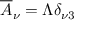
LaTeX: \overline { { { A } } } _ { \nu } = \Lambda \delta _ { \nu 3 }